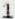
1